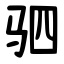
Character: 驷